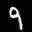
Label: 9